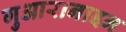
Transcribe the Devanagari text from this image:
गुआरानाइन